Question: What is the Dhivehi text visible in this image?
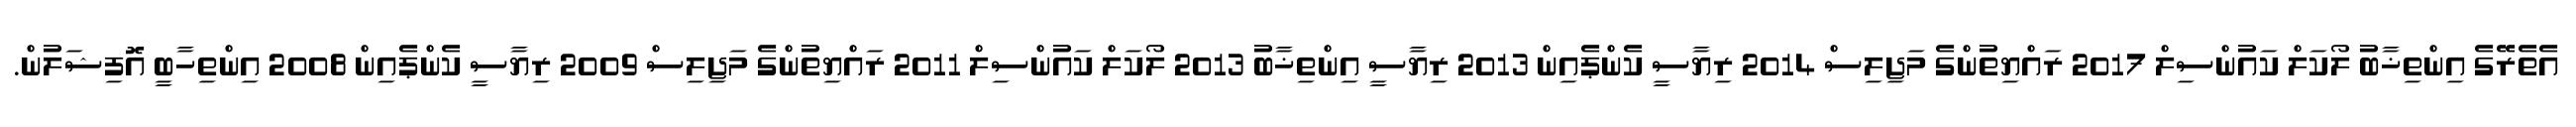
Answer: އެތެރޭގެ އިންތިޚާބު ލޯކަލް ކައުންސިލް 2017 ރައްޔިތުންގެ މަޖިލިސް 2014 ރިޔާސީ ކެންޕެއިން 2013 ރިޔާސީ އިންތިޚާބު 2013 ލޯކަލް ކައުންސިލް 2011 ރައްޔިތުންގެ މަޖިލިސް 2009 ރިޔާސީ ކެންޕެއިން 2008 އިންތިހާބީ އޮފިޝަލުން.